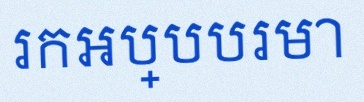
រកអប្បបរមា